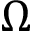
\Omega